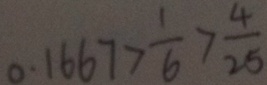
0 . 1 6 6 7 > \frac { 1 } { 6 } > \frac { 4 } { 2 5 }